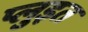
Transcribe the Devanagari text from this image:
प्लुइत